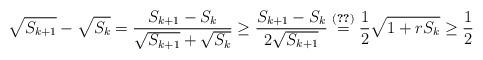
LaTeX: \begin{align*}\sqrt{S_{k+1}}-\sqrt{S_{k}} = \frac{S_{k+1}-S_{k}}{\sqrt{S_{k+1}}+\sqrt{S_{k}}} \geq \frac{S_{k+1}-S_{k}}{2\sqrt{S_{k+1}}} \stackrel{(\ref{S_k-def})}{=} \frac{1}{2}\sqrt{1+rS_k}\geq \frac{1}{2}\end{align*}